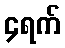
၄ရက်